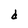
Character: d